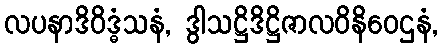
လပနာဒိဝိဒ္ဓံသနံ, ဒွါသဋ္ဌိဒိဋ္ဌိဇာလဝိနိဝေဌနံ,